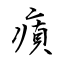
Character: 瘨